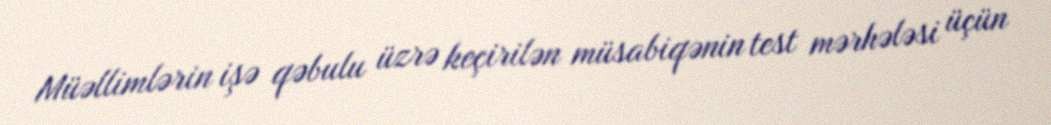
Müəllimlərin işə qəbulu üzrə keçirilən müsabiqənin test mərhələsi üçün